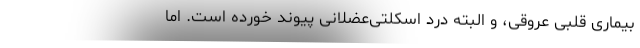
بیماری قلبی عروقی، و البته درد اسکلتی‌عضلانی پیوند خورده است. اما